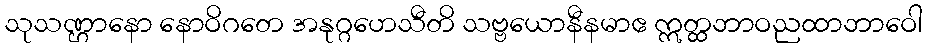
သုသဏ္ဌာနော နောဝိဂတေ အနုဂ္ဂဟေသီတိ သဗ္ဗယောနီနမာဧ ဣတ္ထဘာဝညထာဘာဝေါ